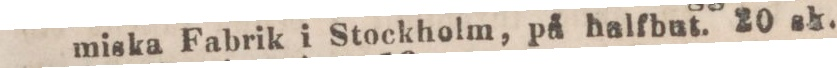
miska Fabrik i Stockholm, på halfbut. 20 sk.